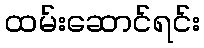
ထမ်းဆောင်ရင်း